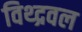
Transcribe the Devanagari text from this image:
विथ्द्रवल